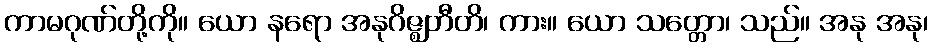
ကာမဂုဏ်တို့ကို။ ယော နရော အနုဂိဇ္ဈတီတိ၊ ကား။ ယော သတ္တော၊ သည်။ အနု အနု၊